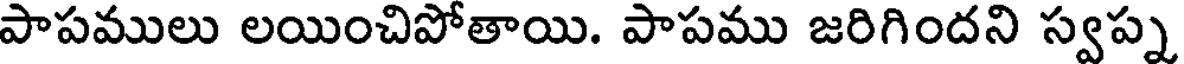
పాపములు లయించిపోతాయి. పాపము జరిగిందని స్వప్న